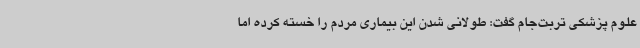
علوم پزشکی تربت‌جام گفت: طولانی شدن این بیماری مردم را خسته کرده اما